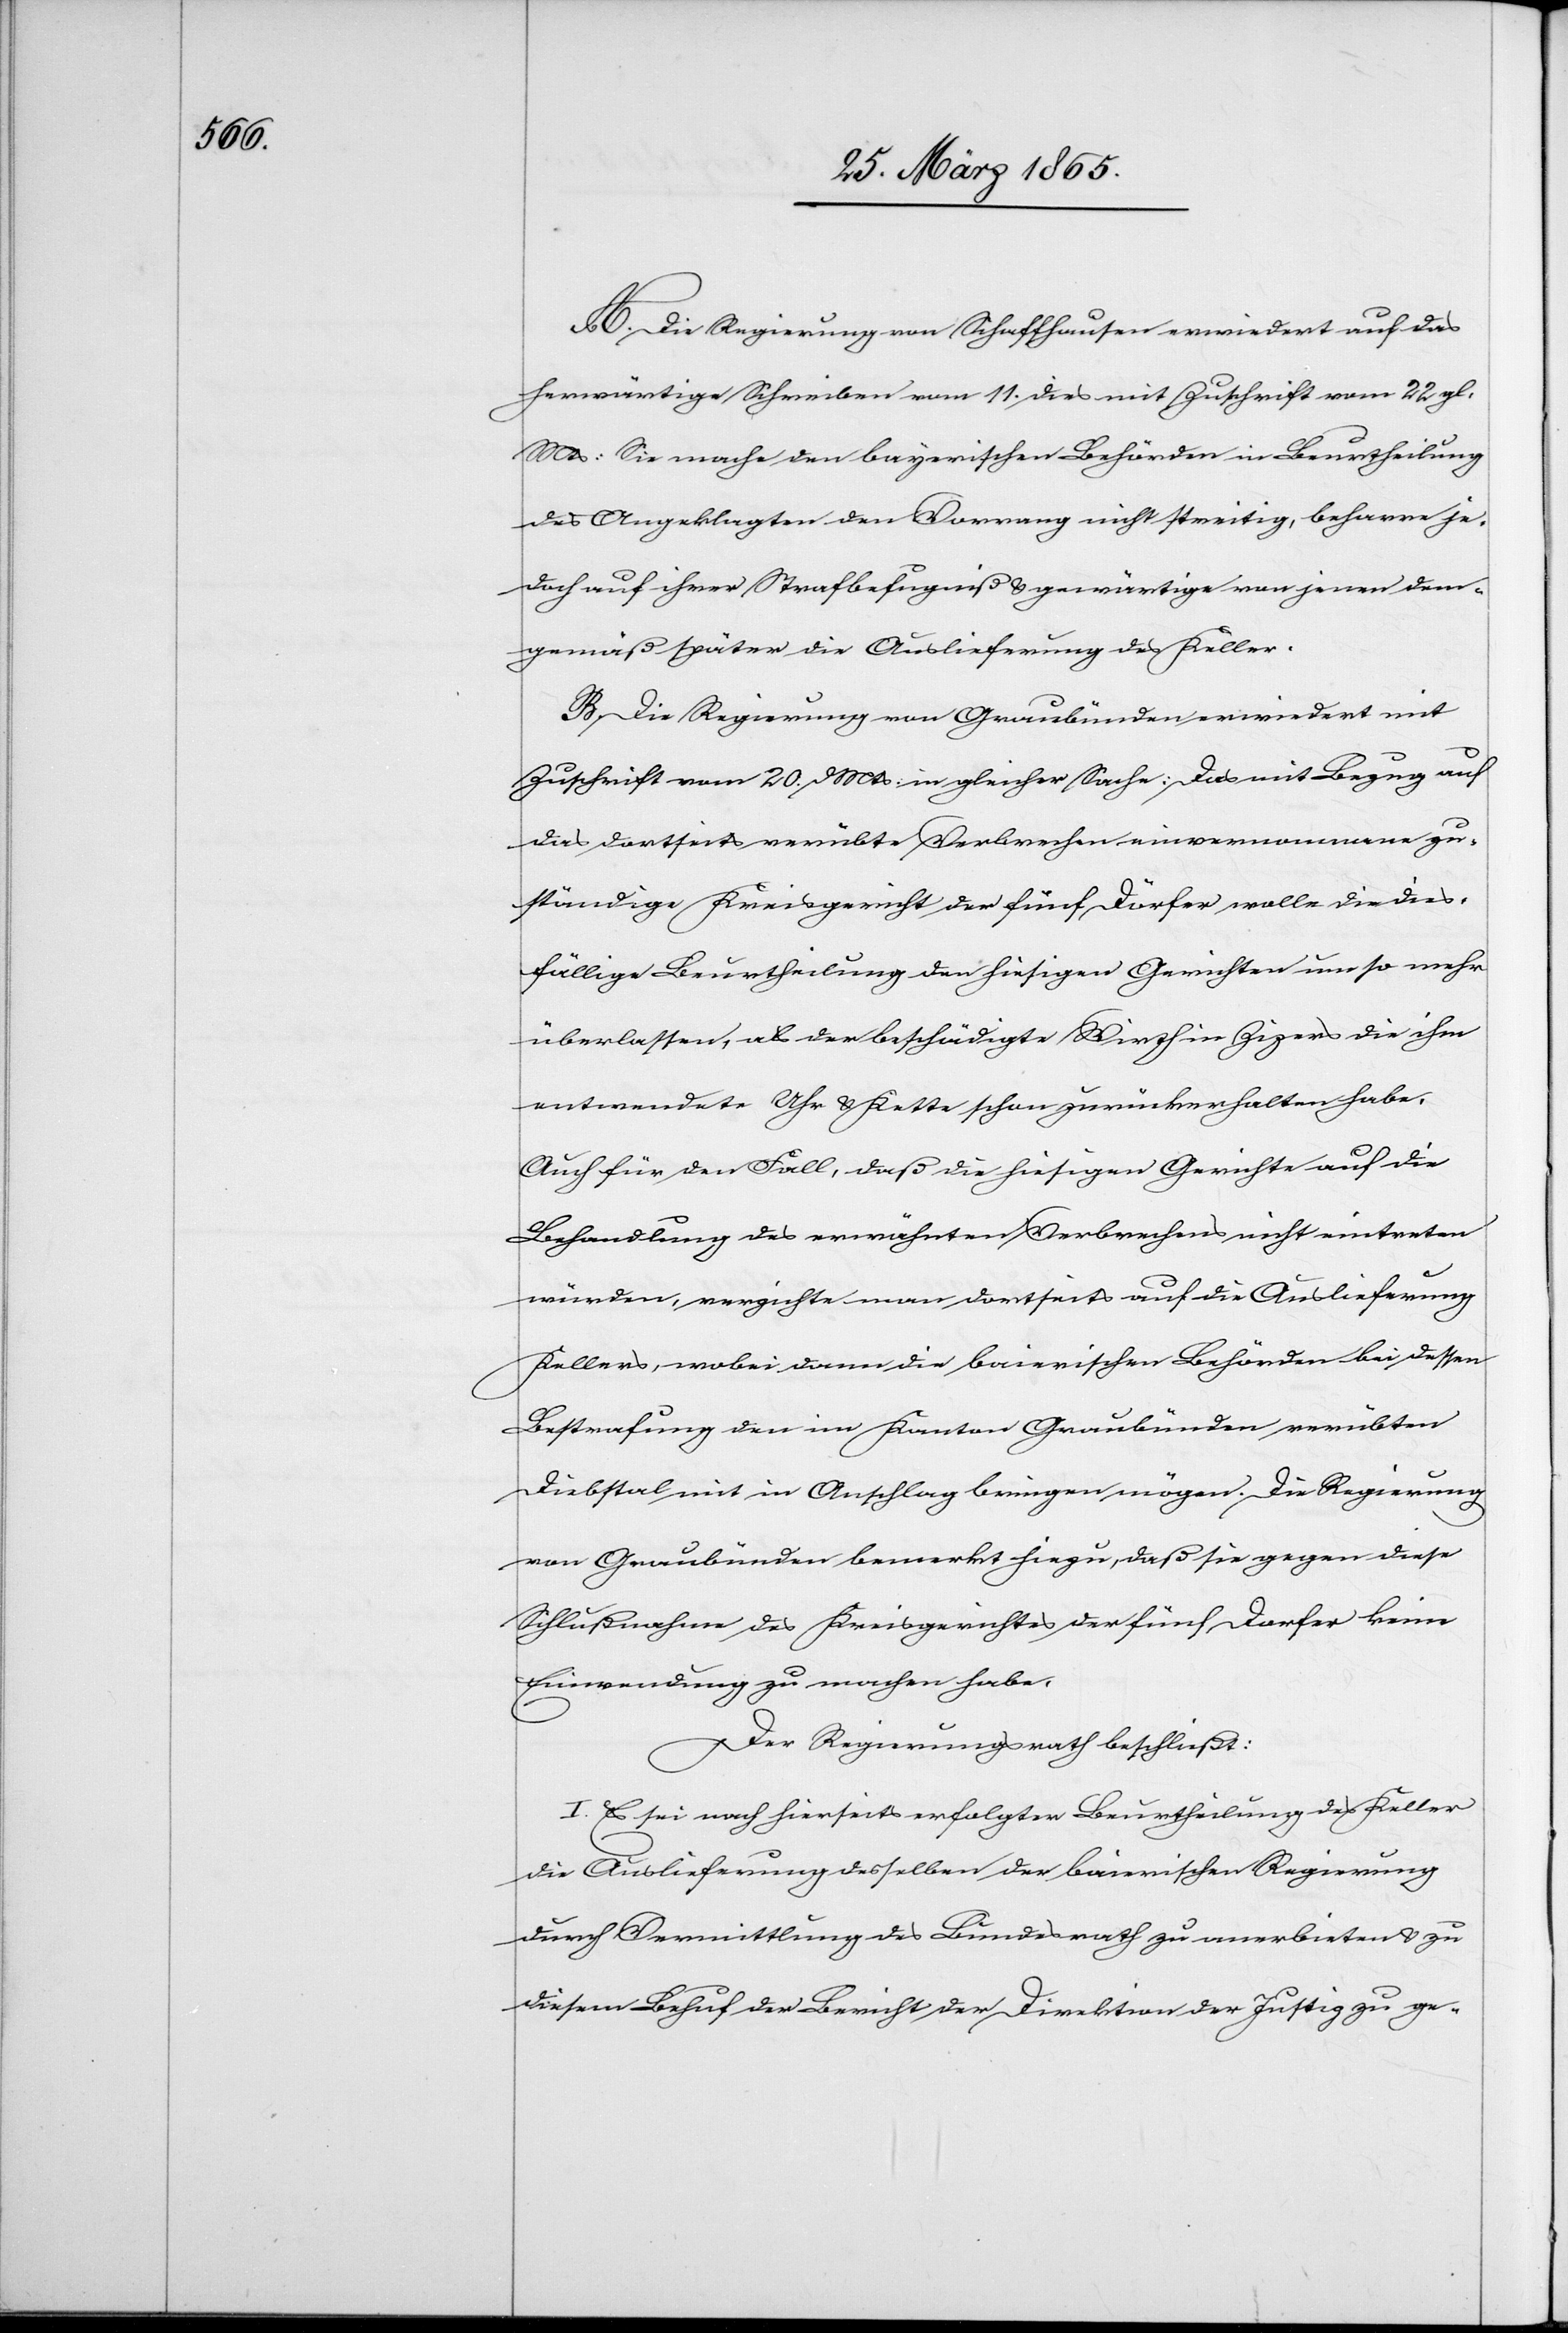
A. Die Regierung von Schaffhausen erwiedert auf das
herwärtige Schreiben vom 11. dies mit Zuschrift vom 22 gl.
Mts: Sie mache den bayerischen Behörden in Beurtheilung
des Angeklagten den Vorrang nicht streitig, beharre je¬
doch auf ihrer Strafbefugniß & gewärtige von jenen dem¬
gemäß später die Auslieferung des Keller.
B. Die Regierung von Graubünden erwiedert mit
Zuschrift vom 20. d Mts. in gleicher Sache: Das mit Bezug auf
das dortseits verübte Verbrechen einvernommene zu¬
ständige Kreisgericht der fünf Dörfer wolle die dies¬
fällige Beurtheilung den hiesigen Gerichten um so mehr
überlassen, als der beschädigte Wirth in Zizers die ihm
entwendete Uhr & Kette schon zurückerhalten habe.
Auch für den Fall, daß die hiesigen Gerichte auf die
Behandlung des erwähnten Verbrechens nicht eintreten
würden, verzichte man dortseits auf die Auslieferung
Kellers, wobei dann die baierischen Behörden bei dessen
Bestrafung den im Kanton Graubünden verübten
Diebstal mit in Anschlag bringen mögen. Die Regierung
von Graubünden bemerkt hiezu, das sie gegen diese
Schlußnahme des Kreisgerichtes der fünf Dorfer keine
Einwendung zu machen habe.
Der Regierungsrath beschließt:
I. Es sei nach hierseits erfolgter Beurtheilung des Keller
die Auslieferung desselben der baierischen Regierung
durch Vermittlung des Bundesrath zu anerbieten & zu
diesem Behuf der Bericht der Direktion der Justiz zu ge-